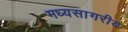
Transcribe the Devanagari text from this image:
मध्यसागरीय